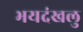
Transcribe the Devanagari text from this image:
भयदंखलु